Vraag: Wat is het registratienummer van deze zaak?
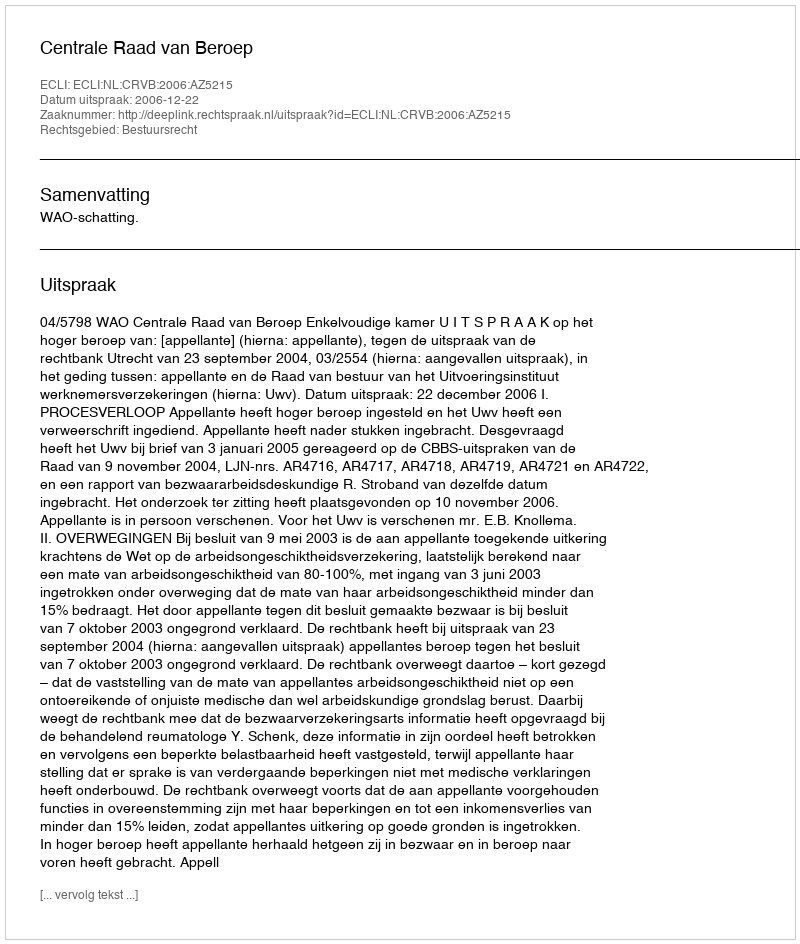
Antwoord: http://deeplink.rechtspraak.nl/uitspraak?id=ECLI:NL:CRVB:2006:AZ5215